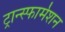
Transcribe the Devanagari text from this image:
ट्रान्स्फार्मेशन